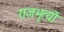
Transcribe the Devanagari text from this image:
राजभृत्यों